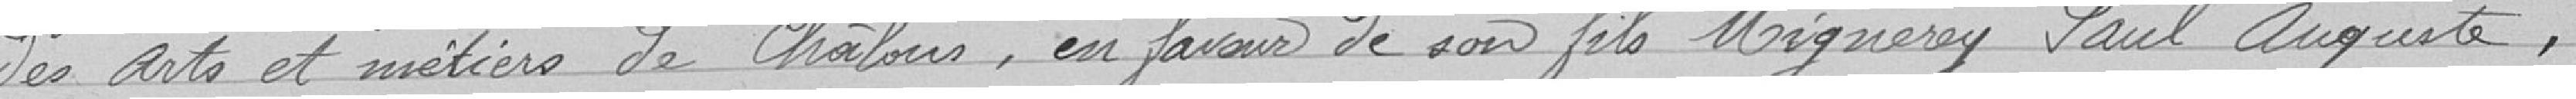
des arts et métiers de Châlons, en faveur de son fils Mignerey Paul Auguste,